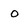
Character: 0